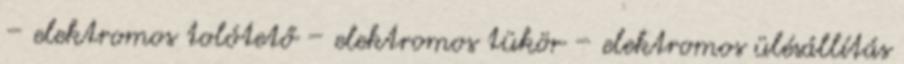
– elektromos tolótető – elektromos tükör – elektromos ülésállítás